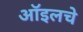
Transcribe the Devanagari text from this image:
ऑइलचे